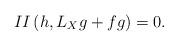
LaTeX: \begin{align*}II\left( h,L_{X}g+fg\right) =0. \end{align*}